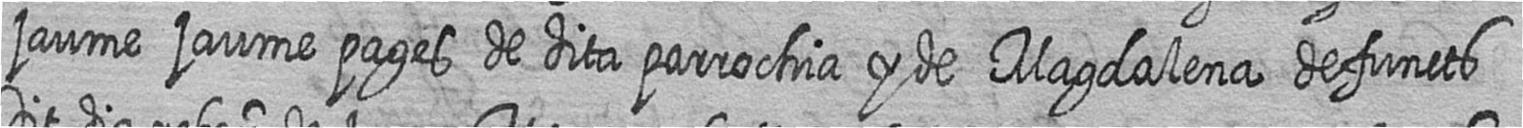
jaume jaume pages de dita parrochia y de Magdalena defuncts